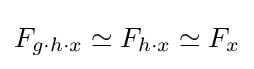
F_{g\cdot h\cdot x}\simeq F_{h\cdot x}\simeq F_{x}